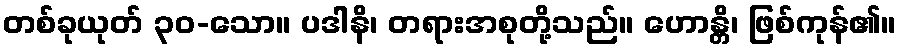
တစ်ခုယုတ် ၃၀-သော။ ပဒါနိ၊ တရားအစုတို့သည်။ ဟောန္တိ၊ ဖြစ်ကုန်၏။